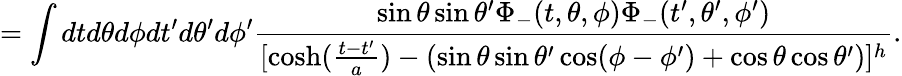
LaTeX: =\int dtd\theta d\phi dt^{\prime}d\theta^{\prime}d\phi^{\prime}\frac{\sin\theta\sin\theta^{\prime}\Phi_{-}(t,\theta,\phi)\Phi_{-}(t^{\prime},\theta^{\prime},\phi^{\prime})}{[\cosh(\frac{t-t^{\prime}}{a})-(\sin\theta\sin\theta^{\prime}\cos(\phi-\phi^{\prime})+\cos\theta\cos\theta^{\prime})]^{h}}.